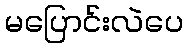
မပြောင်းလဲပေ